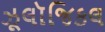
ઝૂલૉજિકલ